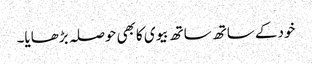
خودکے ساتھ ساتھ بیوی کابھی حوصلہ بڑھایا۔